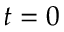
t = 0